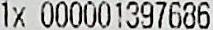
1X 000001397686